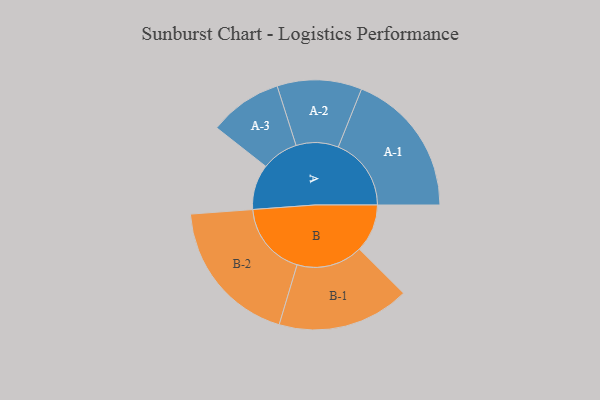
{"axis": {"x": "Segment", "y": "Value"}, "legend": ["", "A", "B"], "data": [{"x": "A", "y": 167, "type": ""}, {"x": "B", "y": 177, "type": ""}, {"x": "A-1", "y": 269, "type": "A"}, {"x": "A-2", "y": 156, "type": "A"}, {"x": "A-3", "y": 135, "type": "A"}, {"x": "B-1", "y": 244, "type": "B"}, {"x": "B-2", "y": 273, "type": "B"}]}